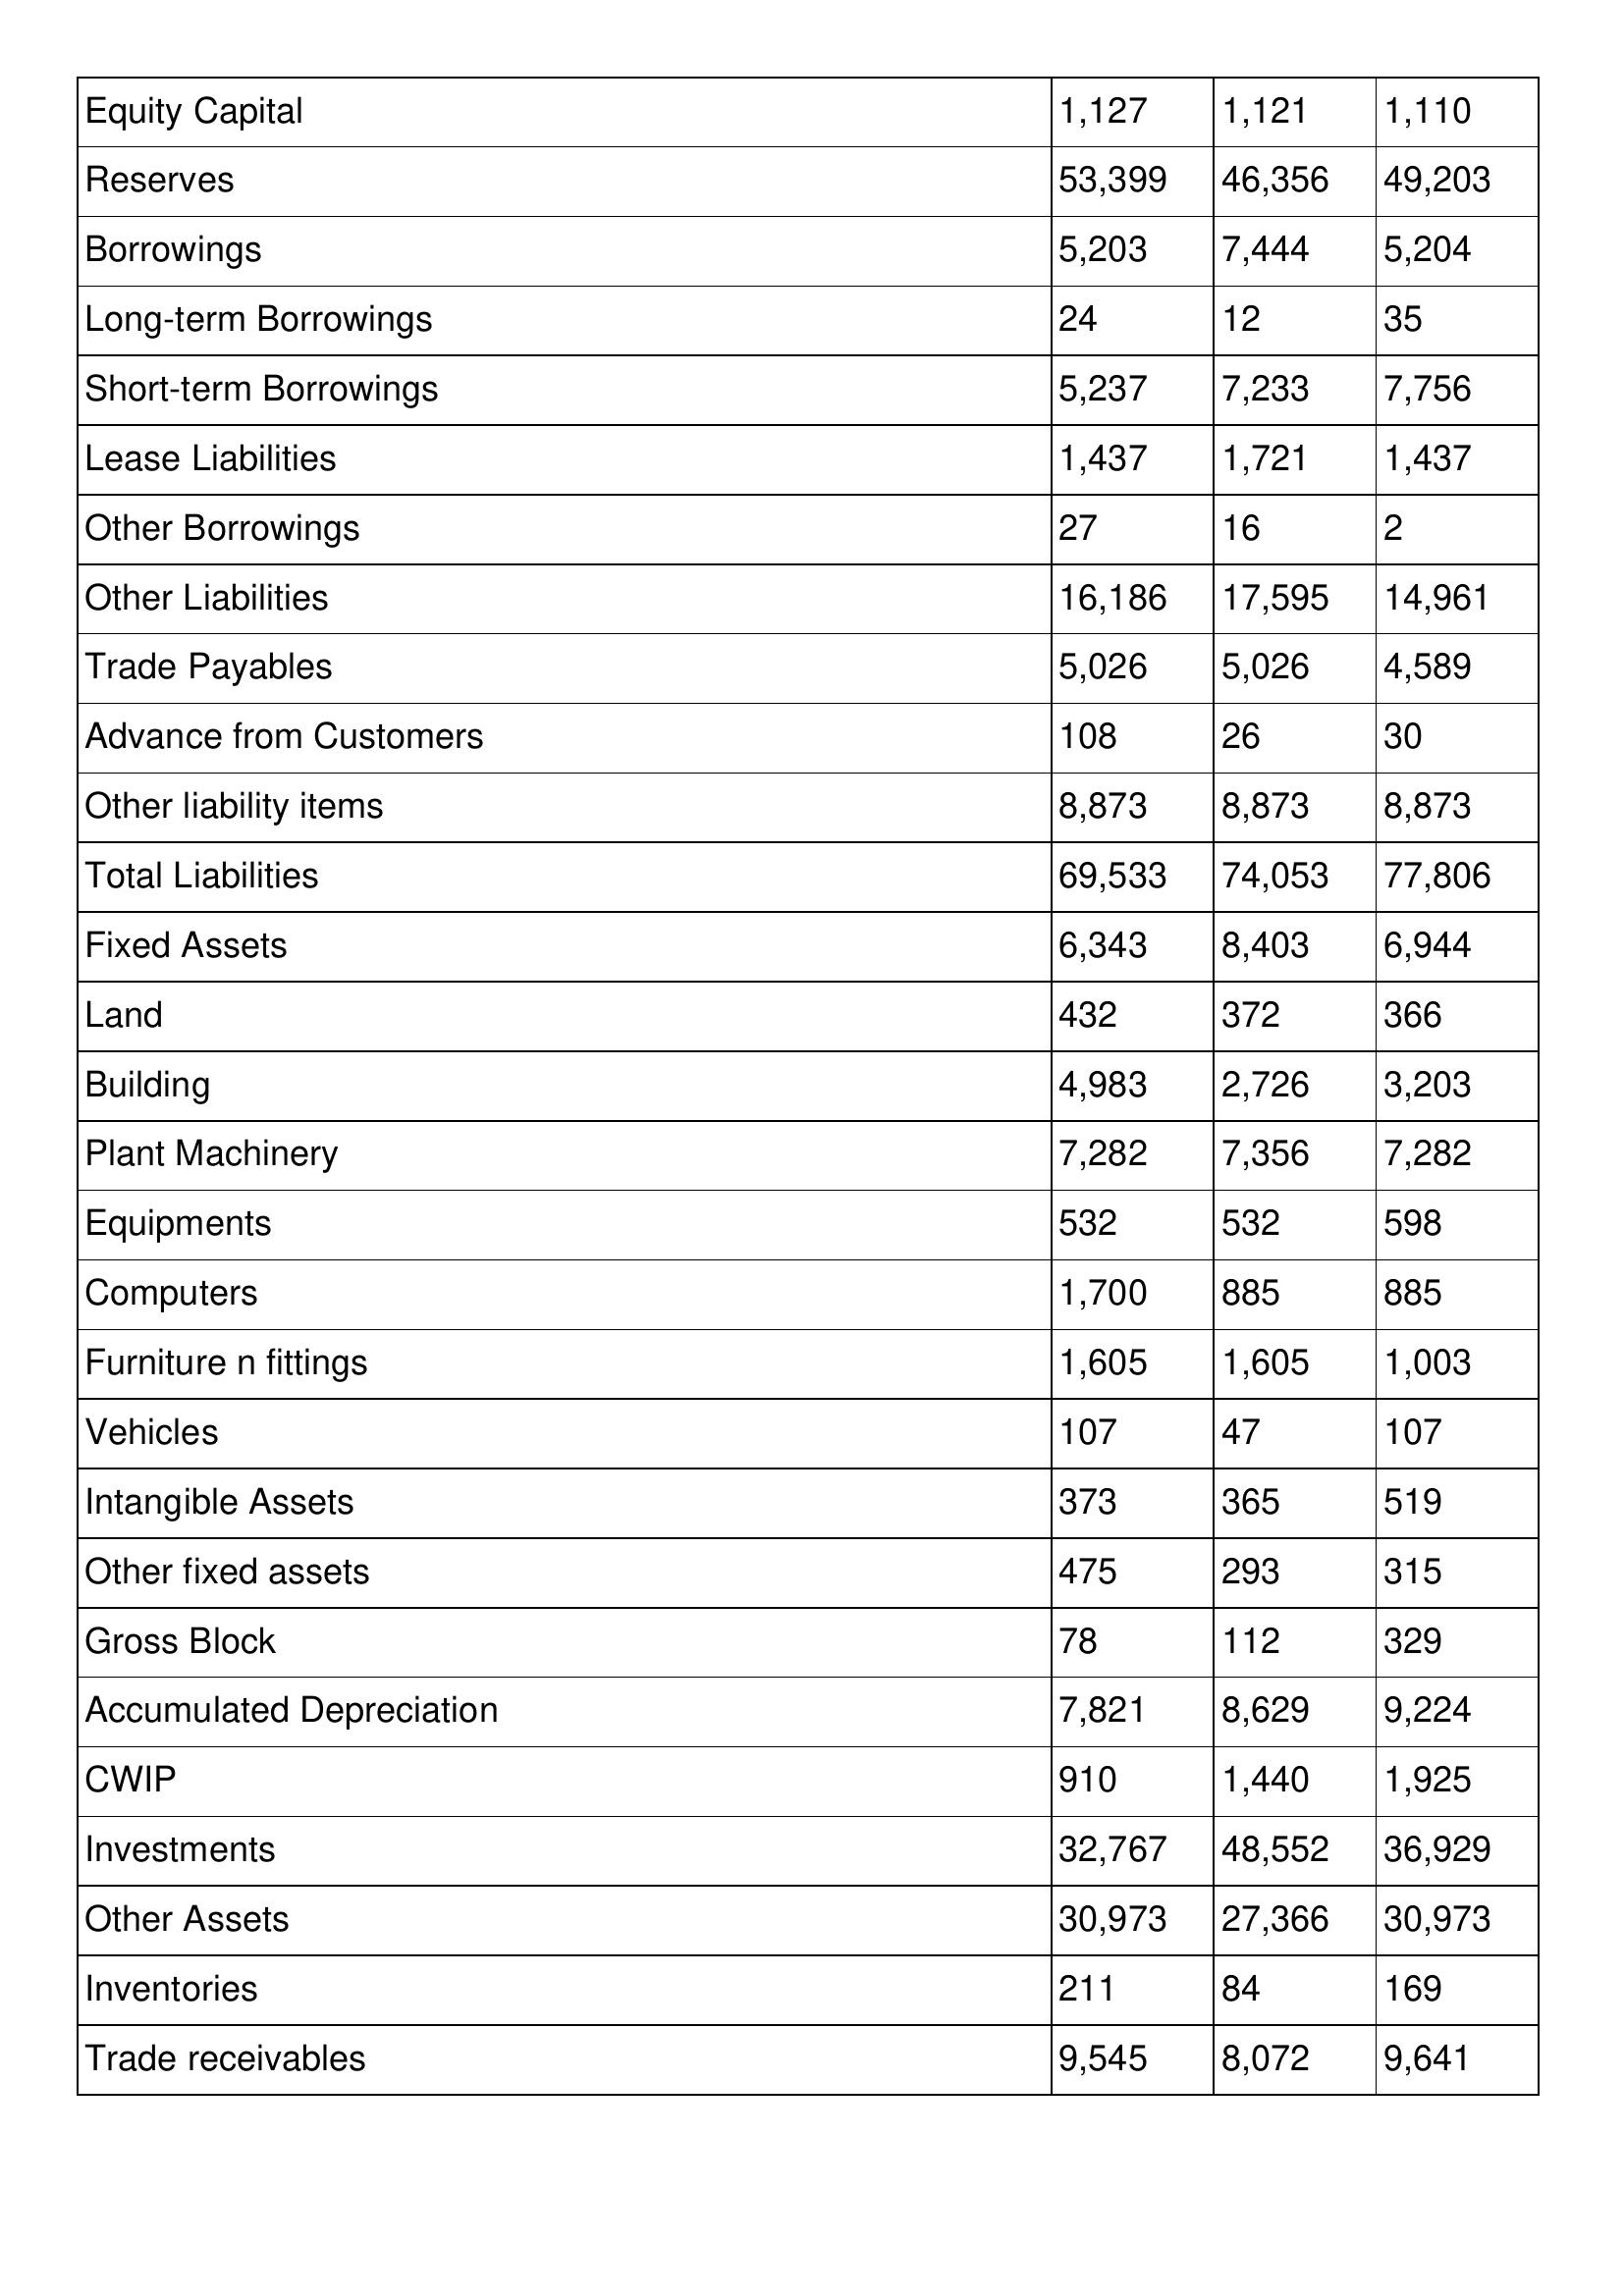
gt_parse: 2018: Balance Sheet: Equity Capital: 1,127
Reserves: 53,399
Borrowings: 5,203
Long-term Borrowings: 24
Short-term Borrowings: 5,237
Lease Liabilities: 1,437
Other Borrowings: 27
Other Liabilities: 16,186
Trade Payables: 5,026
Advance from Customers: 108
Other liability items: 8,873
Total Liabilities: 69,533
Fixed Assets: 6,343
Land: 432
Building: 4,983
Plant Machinery: 7,282
Equipments: 532
Computers: 1,700
Furniture n fittings: 1,605
Vehicles: 107
Intangible Assets: 373
Other fixed assets: 475
Gross Block: 78
Accumulated Depreciation: 7,821
CWIP: 910
Investments: 32,767
Other Assets: 30,973
Inventories: 211
Trade receivables: 9,545
2017: Balance Sheet: Equity Capital: 1,121
Reserves: 46,356
Borrowings: 7,444
Long-term Borrowings: 12
Short-term Borrowings: 7,233
Lease Liabilities: 1,721
Other Borrowings: 16
Other Liabilities: 17,595
Trade Payables: 5,026
Advance from Customers: 26
Other liability items: 8,873
Total Liabilities: 74,053
Fixed Assets: 8,403
Land: 372
Building: 2,726
Plant Machinery: 7,356
Equipments: 532
Computers: 885
Furniture n fittings: 1,605
Vehicles: 47
Intangible Assets: 365
Other fixed assets: 293
Gross Block: 112
Accumulated Depreciation: 8,629
CWIP: 1,440
Investments: 48,552
Other Assets: 27,366
Inventories: 84
Trade receivables: 8,072
2016: Balance Sheet: Equity Capital: 1,110
Reserves: 49,203
Borrowings: 5,204
Long-term Borrowings: 35
Short-term Borrowings: 7,756
Lease Liabilities: 1,437
Other Borrowings: 2
Other Liabilities: 14,961
Trade Payables: 4,589
Advance from Customers: 30
Other liability items: 8,873
Total Liabilities: 77,806
Fixed Assets: 6,944
Land: 366
Building: 3,203
Plant Machinery: 7,282
Equipments: 598
Computers: 885
Furniture n fittings: 1,003
Vehicles: 107
Intangible Assets: 519
Other fixed assets: 315
Gross Block: 329
Accumulated Depreciation: 9,224
CWIP: 1,925
Investments: 36,929
Other Assets: 30,973
Inventories: 169
Trade receivables: 9,641